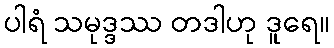
ပါရံ သမုဒ္ဒဿ တဒါဟု ဒူရေ။